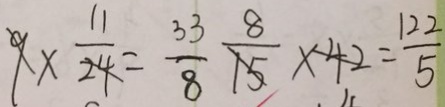
9 \times \frac { 1 1 } { 2 4 } = \frac { 3 3 } { 8 } \frac { 8 } { 1 5 } \times 4 2 = \frac { 1 2 2 } { 5 }